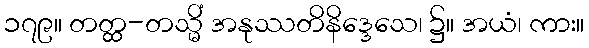
၁၇၉။ တတ္ထ-တသ္မိံ အနုဿတိနိဒ္ဒေသေ၊ ၌။ အယံ၊ ကား။